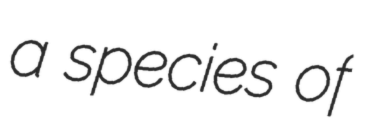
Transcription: a species of